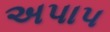
અપાપ